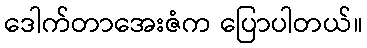
ဒေါက်တာအေးဇံက ပြောပါတယ်။